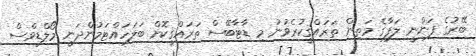
ބޭރުގެ ފަންނީ ލަފާގެ މަތިން ތަރައްޤީކުރެވުނު މި ޑާޓާބޭސް ތަރައްޤީކޮށް ބަލަހައްޓަމުންދަނީ މޯލްޑިވްސް